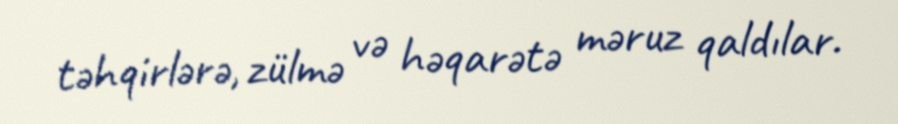
təhqirlərə, zülmə və həqarətə məruz qaldılar.